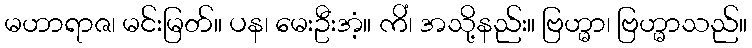
မဟာရာဇ၊ မင်းမြတ်။ ပန၊ မေးဦးအံ့။ ကိံ၊ အသို့နည်း။ ဗြဟ္မာ၊ ဗြဟ္မာသည်။